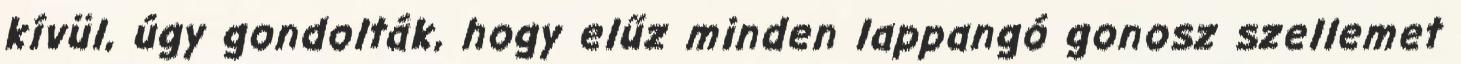
kívül, úgy gondolták, hogy elűz minden lappangó gonosz szellemet